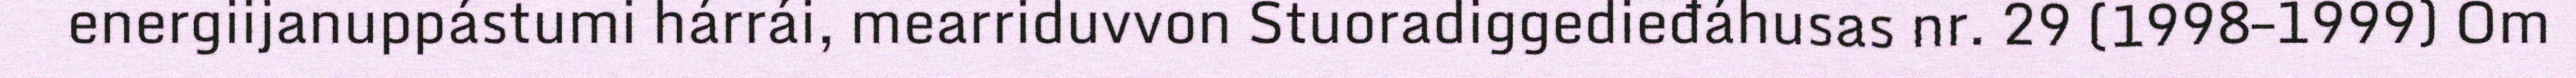
energiijanuppástumi hárrái, mearriduvvon Stuoradiggedieđáhusas nr. 29 (1998–1999) Om